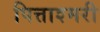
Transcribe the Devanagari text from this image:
पित्ताश्मरी